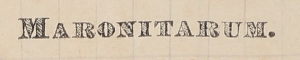
MARONITARUM